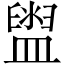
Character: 盥